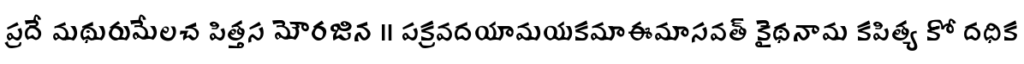
ప్రదే మథురుమేలచ పిత్తస మౌరజిన ॥ పక్రవదయామయకమాఈమాసవత్ కైథనామ కపిత్య కో దధిక